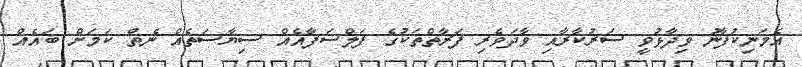
އެމަނިކުފާނު ވިދާޅުވީ ސަރުކާރާއި ވާދަވެރި ފަރާތްތަކުގެ ފަލްސަފާއެއް ސިޔާސަތެއް ނެތް ކަމަށް ބައެއް